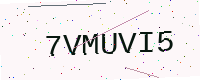
Text: 7VMUVI5